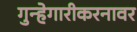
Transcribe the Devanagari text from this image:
गुन्हेगारीकरनावर